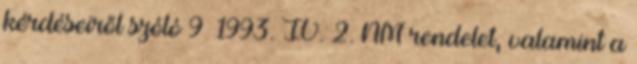
kérdéseiről szóló 9 1993. IV. 2. NM rendelet, valamint a